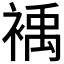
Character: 𲀹